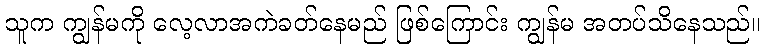
သူက ကျွန်မကို လေ့လာအကဲခတ်နေမည် ဖြစ်ကြောင်း ကျွန်မ အတပ်သိနေသည်။